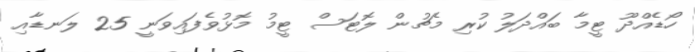
ހޯޑެއްދޫ ޓީމާ ބައްދަލު ކުރި މެޗުން ލޮޓަސް ޓީމު މޮޅުވެފައިވަނީ 25 ލަނޑާއި